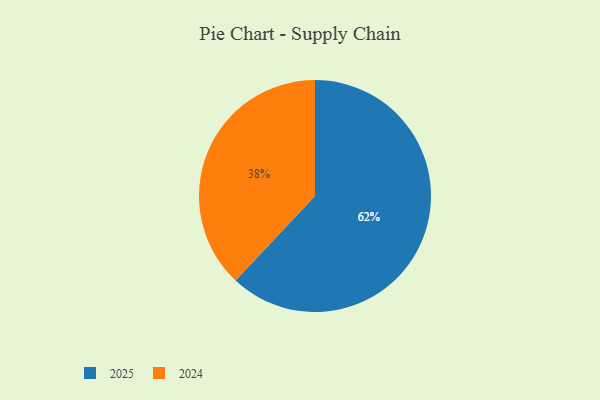
{"axis": {"x": "Category", "y": "Percentage"}, "legend": ["2024", "2025"], "data": [{"x": "2024", "y": 38, "type": "2024"}, {"x": "2025", "y": 62, "type": "2025"}]}